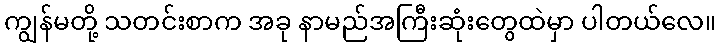
ကျွန်မတို့ သတင်းစာက အခု နာမည်အကြီးဆုံးတွေထဲမှာ ပါတယ်လေ။